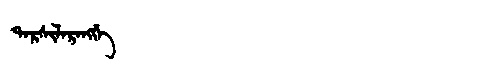
Manchu: ᡨᠠᡵᠰᡳᠯᠠᡵᠠᠩᡤᡝ
Romanization: TARSILARANGGE